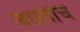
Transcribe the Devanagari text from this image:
बघतोच